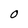
Character: O